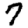
Digit: 7